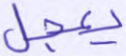
يعجل